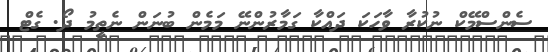
ސެންސްމޭކް ނުކުރާ ވާހަކަ ދައްކާ ގަމާރުންނޭ މަމެން ބުނަން ނެތީމު ދޯ. ގެޓް